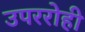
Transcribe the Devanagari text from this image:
उपररोही